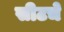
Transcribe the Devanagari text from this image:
सीटचे